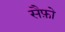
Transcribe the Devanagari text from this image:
सैफ़ो